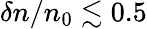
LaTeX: \delta n/n_{0}\lesssim 0.5